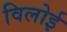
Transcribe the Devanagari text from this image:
विलोई